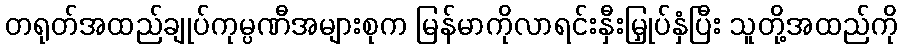
တရုတ်အထည်ချုပ်ကုမ္ပဏီအများစုက မြန်မာကိုလာရင်းနှီးမြှုပ်နှံပြီး သူတို့အထည်ကို